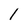
Character: l